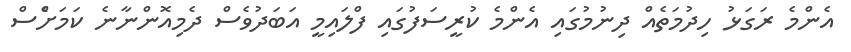
އެންމެ ރަގަޅު ހިދުމަތެއް ދިނުމުގައި އެންމެ ކުރީސަފުގައި ފްލައިމީ އަބަދުވެސް ދެމިއޮންނާނެ ކަމަށްެސް